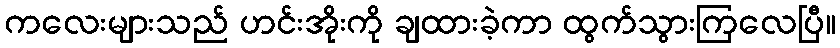
ကလေးများသည် ဟင်းအိုးကို ချထားခဲ့ကာ ထွက်သွားကြလေပြီ။